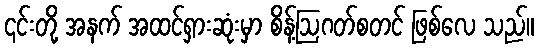
၎င်းတို့ အနက် အထင်ရှားဆုံးမှာ စိန့်ဩဂတ်စတင် ဖြစ်လေ သည်။